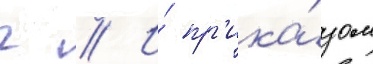
г // И́ пр'ика́зом